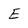
Character: E